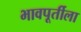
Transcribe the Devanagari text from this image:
भावपूर्तीला